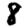
Digit: 8